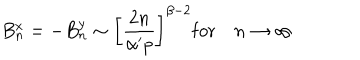
B _ { n } ^ { x } = - B _ { n } ^ { y } \sim \left[ \frac { 2 n } { \alpha ^ { \prime } p } \right] ^ { \beta - 2 } \mathrm { f o r } \quad n \rightarrow \infty